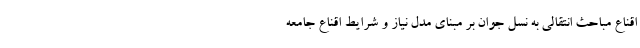
اقناع مباحث انتقالی به نسل جوان بر مبنای مدل نیاز و شرایط اقناع جامعه